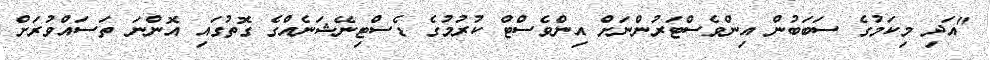
"އަދި މިކަމުގެ ސަބަބުން އިންވެސްޓަރުންނަށް އިންވެސްޓް ކުރުމުގެ ޑެސްޓިނޭޝަނެއްގެ ގޮތުގައި އޮންނަ ތަސައްވުރަށް